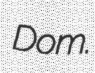
Dom.